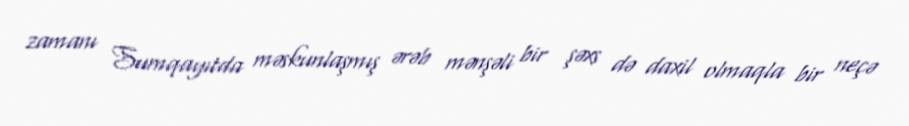
zamanı Sumqayıtda məskunlaşmış ərəb mənşəli bir şəxs də daxil olmaqla bir neçə